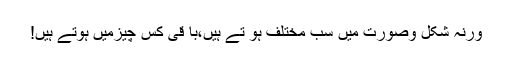
ورنہ شکل وصورت میں سب مختلف ہو تے ہیں،با قی کس چیزمیں ہوتے ہیں!